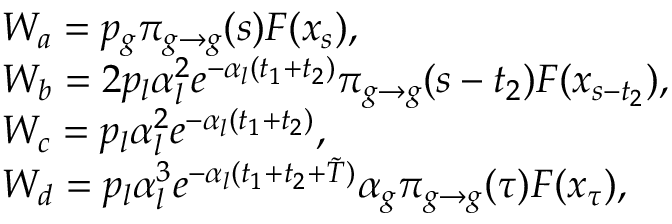
\begin{array} { r l r } & { { \cal W } _ { a } = p _ { g } \pi _ { g \to g } ( s ) { \cal F } ( x _ { s } ) , } & \\ & { { \cal W } _ { b } = 2 p _ { l } \alpha _ { l } ^ { 2 } e ^ { - \alpha _ { l } ( t _ { 1 } + t _ { 2 } ) } \pi _ { g \to g } ( s - t _ { 2 } ) { \cal F } ( x _ { s - t _ { 2 } } ) , } & \\ & { { \cal W } _ { c } = p _ { l } \alpha _ { l } ^ { 2 } e ^ { - \alpha _ { l } ( t _ { 1 } + t _ { 2 } ) } , } & \\ & { { \cal W } _ { d } = p _ { l } \alpha _ { l } ^ { 3 } e ^ { - \alpha _ { l } ( t _ { 1 } + t _ { 2 } + \tilde { T } ) } \alpha _ { g } \pi _ { g \to g } ( \tau ) { \cal F } ( x _ { \tau } ) , } & \end{array}